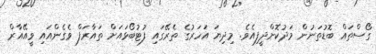
ގޯސްތައް ބޮޑުތަނުން މަދުކޮށްދީފިއެވެ. މިދިޔަ އަހަރުގެ ތެރޭގައި ފުޓުބޯޅައަށް ތައާރަފް ވެގެންއައި ވީއޭއާރް